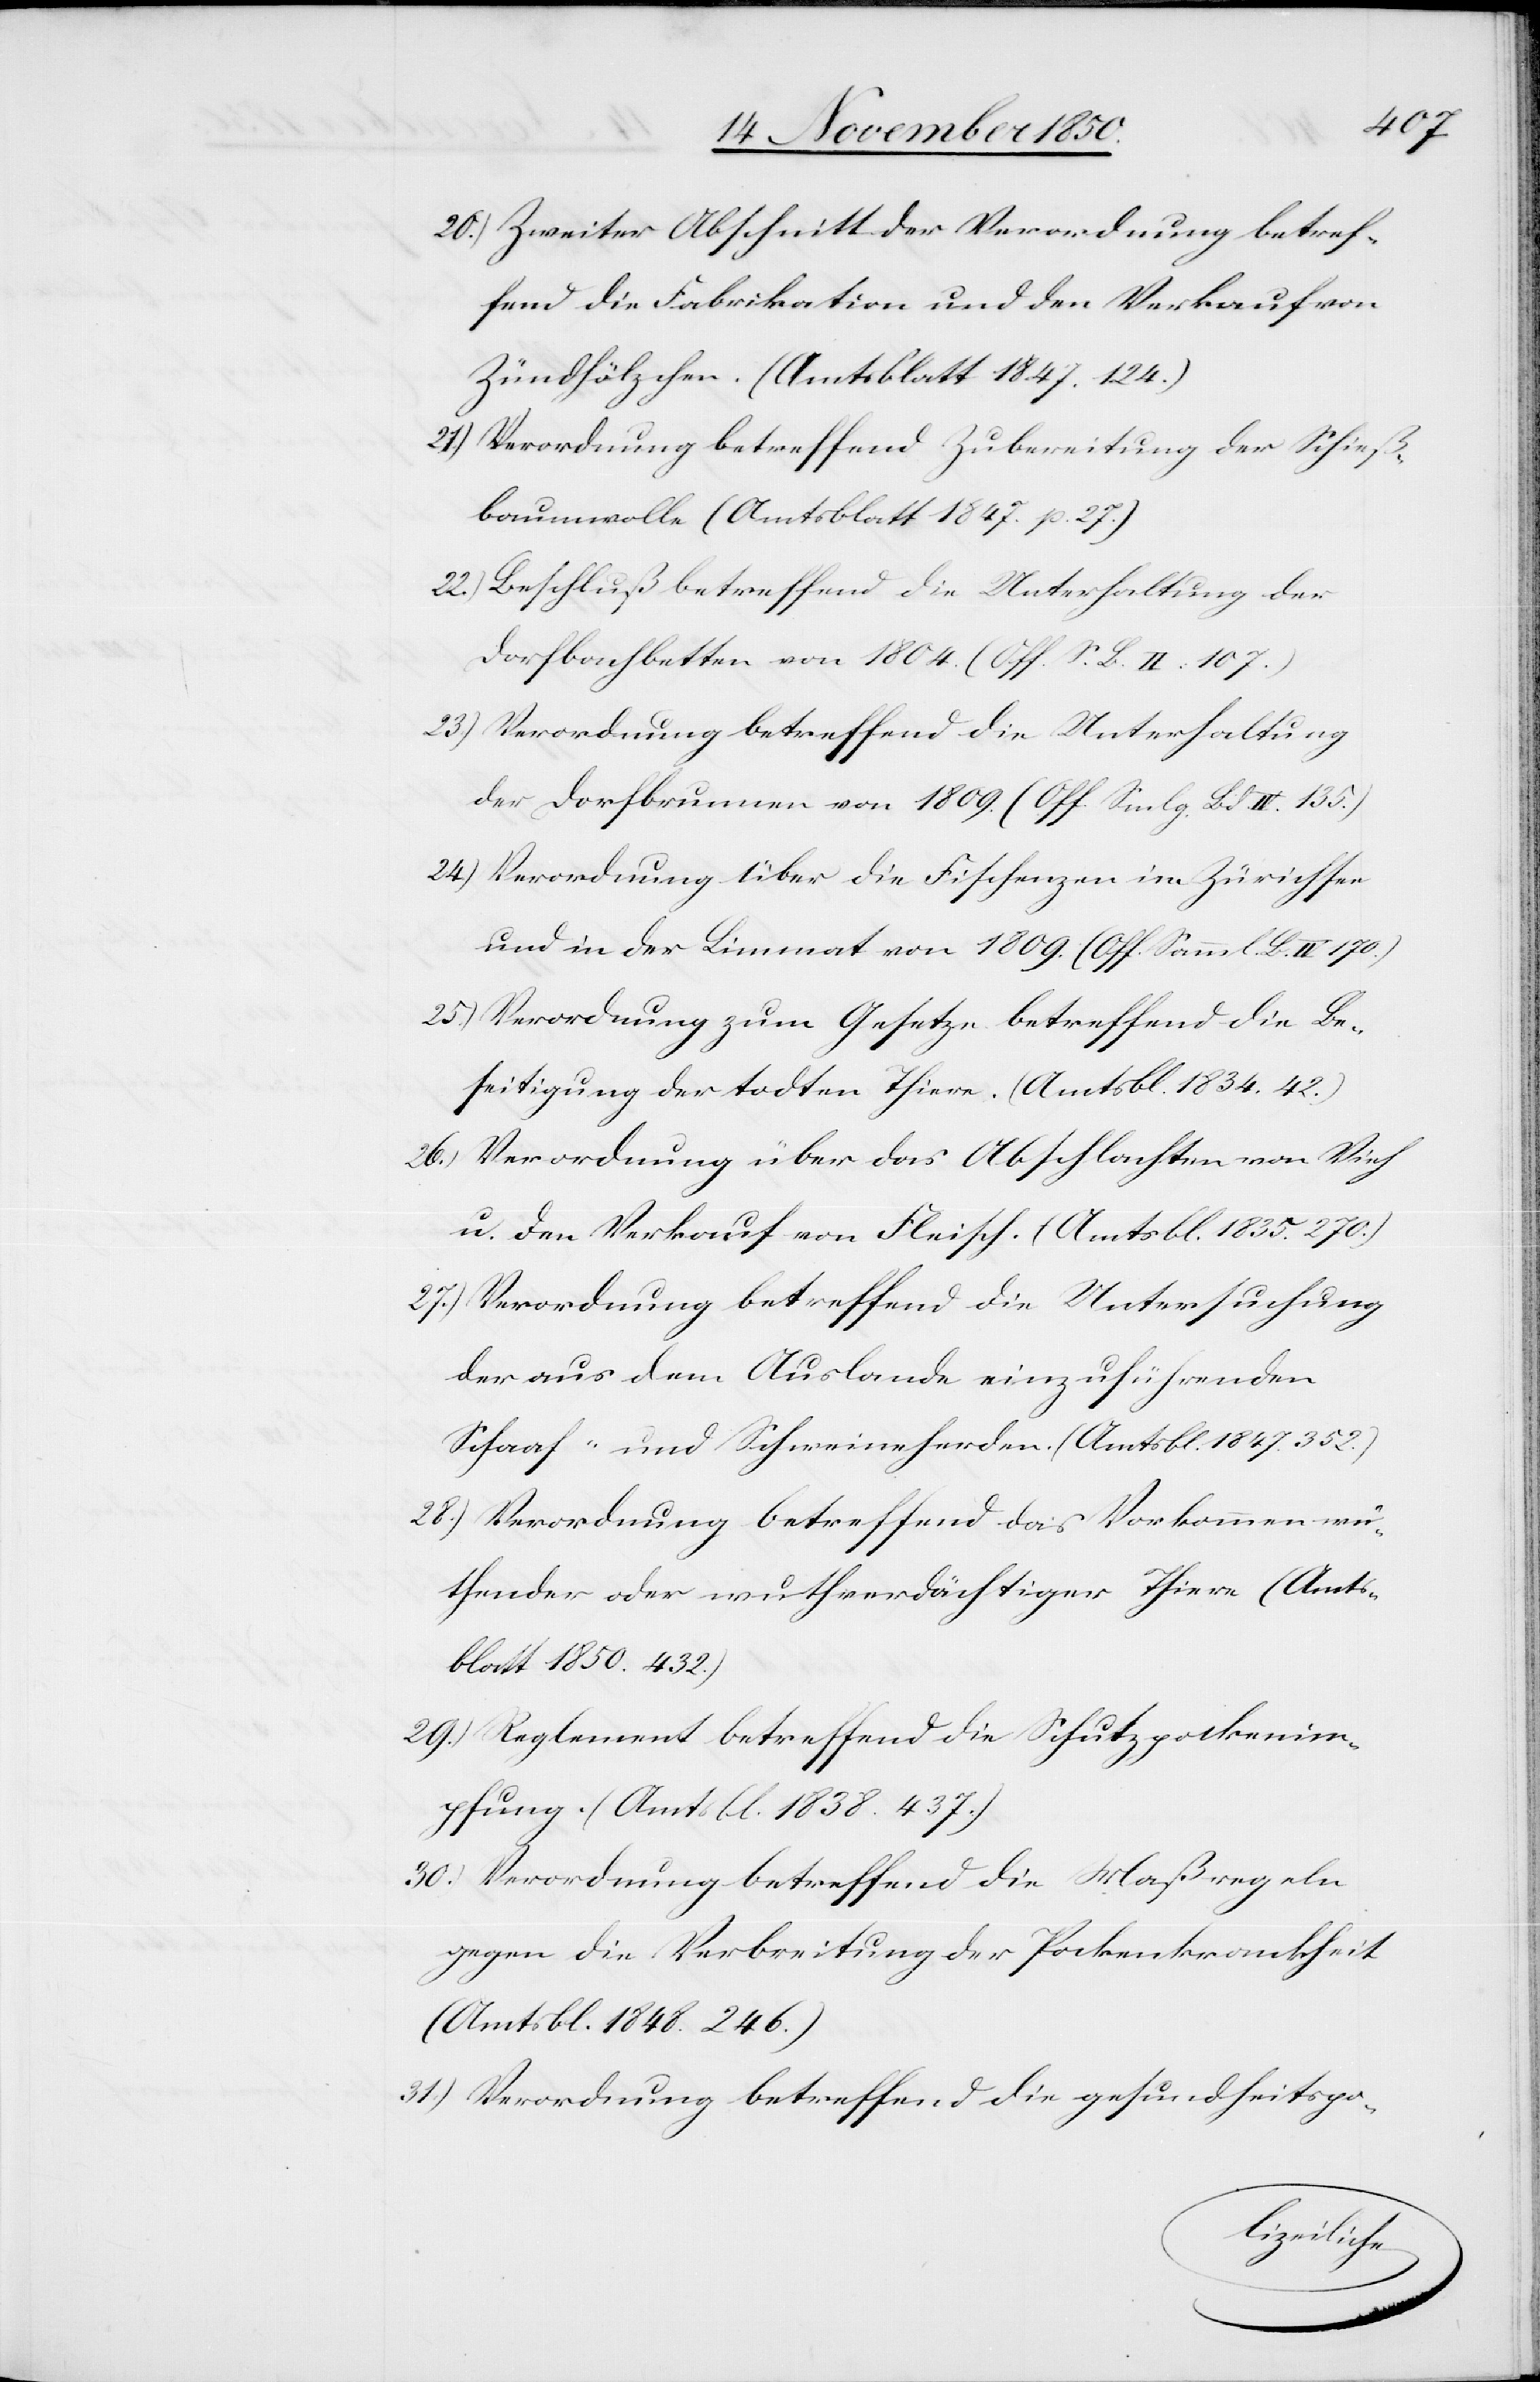
20.)
Zweiter Abschnitt der Verordnung betref¬
fend die Fabrikation und den Verkauf von
Zündhölzchen. (Amtsblatt 1847. 124.)
Verordnung betreffend Zubereitung der Schieß¬
baumwolle (Amtsblatt 1847. p. 27.)
Beschluß betreffend die Unterhaltung der
Dorfbachbetten von 1804. (Off. S. B. II. 107.)
Verordnung betreffend die Unterhaltung
der Dorfbrunnen von 1809. (Off. Smlg. Bd. IV. 135.)
Verordnung über die Fischenzen im Zürichsee
und in der Limmat von 1809. (Off. Samml. Bd. IV 170.)
Verordnung zum Gesetze betreffend die Be¬
seitigung der todten Thiere. (Amtsbl. 1834. 42.)
Verordnung über das Abschlachten von Vieh
u. den Verkauf von Fleisch. (Amtsbl. 1835. 270.)
Verordnung betreffend die Untersuchung
der aus dem Auslande einzuführenden
Schaaf- und Schweineherden. (Amtsbl. 1847. 352.)
Verordnung betreffend das Vorkommen wü¬
thender oder wuhtverdächtiger Thiere (Amts¬
blatt 1850. 432.)
Reglement betreffend die Schutzpockenim¬
pfung. (Amtsbl. 1838. 437.)
Verordnung betreffend die Maßregeln
gegen die Verbreitung der Pockenkrankheit
(Amtsbl. 1848. 246.)
Verordnung betreffend die gesundheitspo-